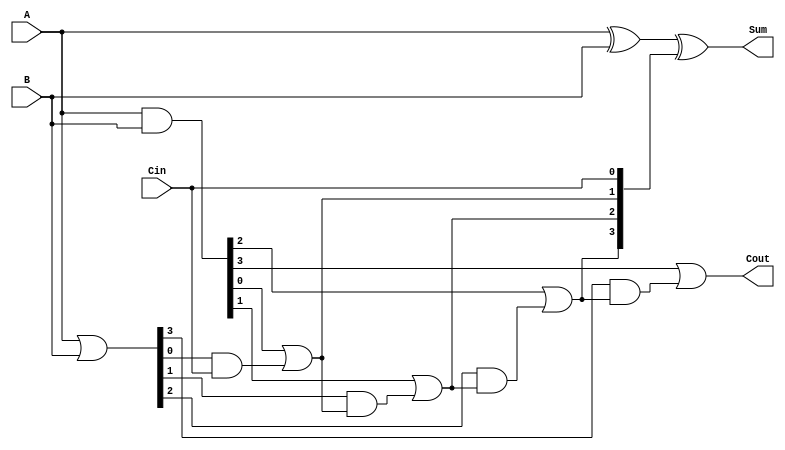
module CILA #(parameter N = 4) (
    input  wire [N-1:0] A,   // n-bit input A
    input  wire [N-1:0] B,   // n-bit input B
    input  wire Cin,          // Carry In
    output wire [N-1:0] Sum,  // n-bit Sum output
    output wire Cout          // Carry Out
);
    // Generate and Propagate signals
    wire [N-1:0] G; // Generate signals
    wire [N-1:0] P; // Propagate signals
    wire [N:0] C;   // Carry signals

    // Generate and propagate logic
    assign G = A & B;        // G[i] = A[i] * B[i]
    assign P = A | B;        // P[i] = A[i] + B[i]

    // Carry generation logic
    assign C[0] = Cin; // C[0] = Cin
    genvar i;
    generate
        for (i = 1; i <= N; i = i + 1) begin : carry_gen
            assign C[i] = G[i-1] | (P[i-1] & C[i-1]); // C[i] = G[i-1] + (P[i-1] * C[i-1])
        end
    endgenerate

    // Sum calculation
    assign Sum = A ^ B ^ C[N-1:0]; // S[i] = A[i] ^ B[i] ^ C[i]

    // Final Carry Out
    assign Cout = C[N]; // Cout = C[n]

endmodule